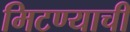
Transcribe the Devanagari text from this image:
मिटण्याची